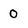
Character: 0